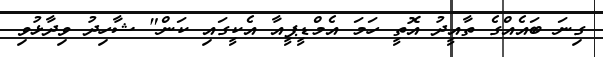
ގިނަ ބައެއްގެ ތާއީދު އޮތީ ހަމަ އެމްޑީޕީއާ އެކީގައި ކަން" ޝާހިދު ވިދާޅުވި